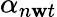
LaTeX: \alpha_{n\mathbf{w}t}